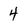
Character: 4